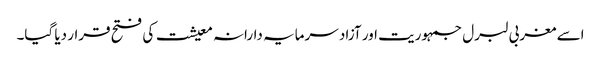
اسے مغربی لبرل جمہوریت اور آزاد سرمایہ دارانہ معیشت کی فتح قرار دیا گیا۔